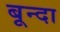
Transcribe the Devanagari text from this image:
बून्दा